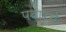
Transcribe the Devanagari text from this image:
पदार्थे